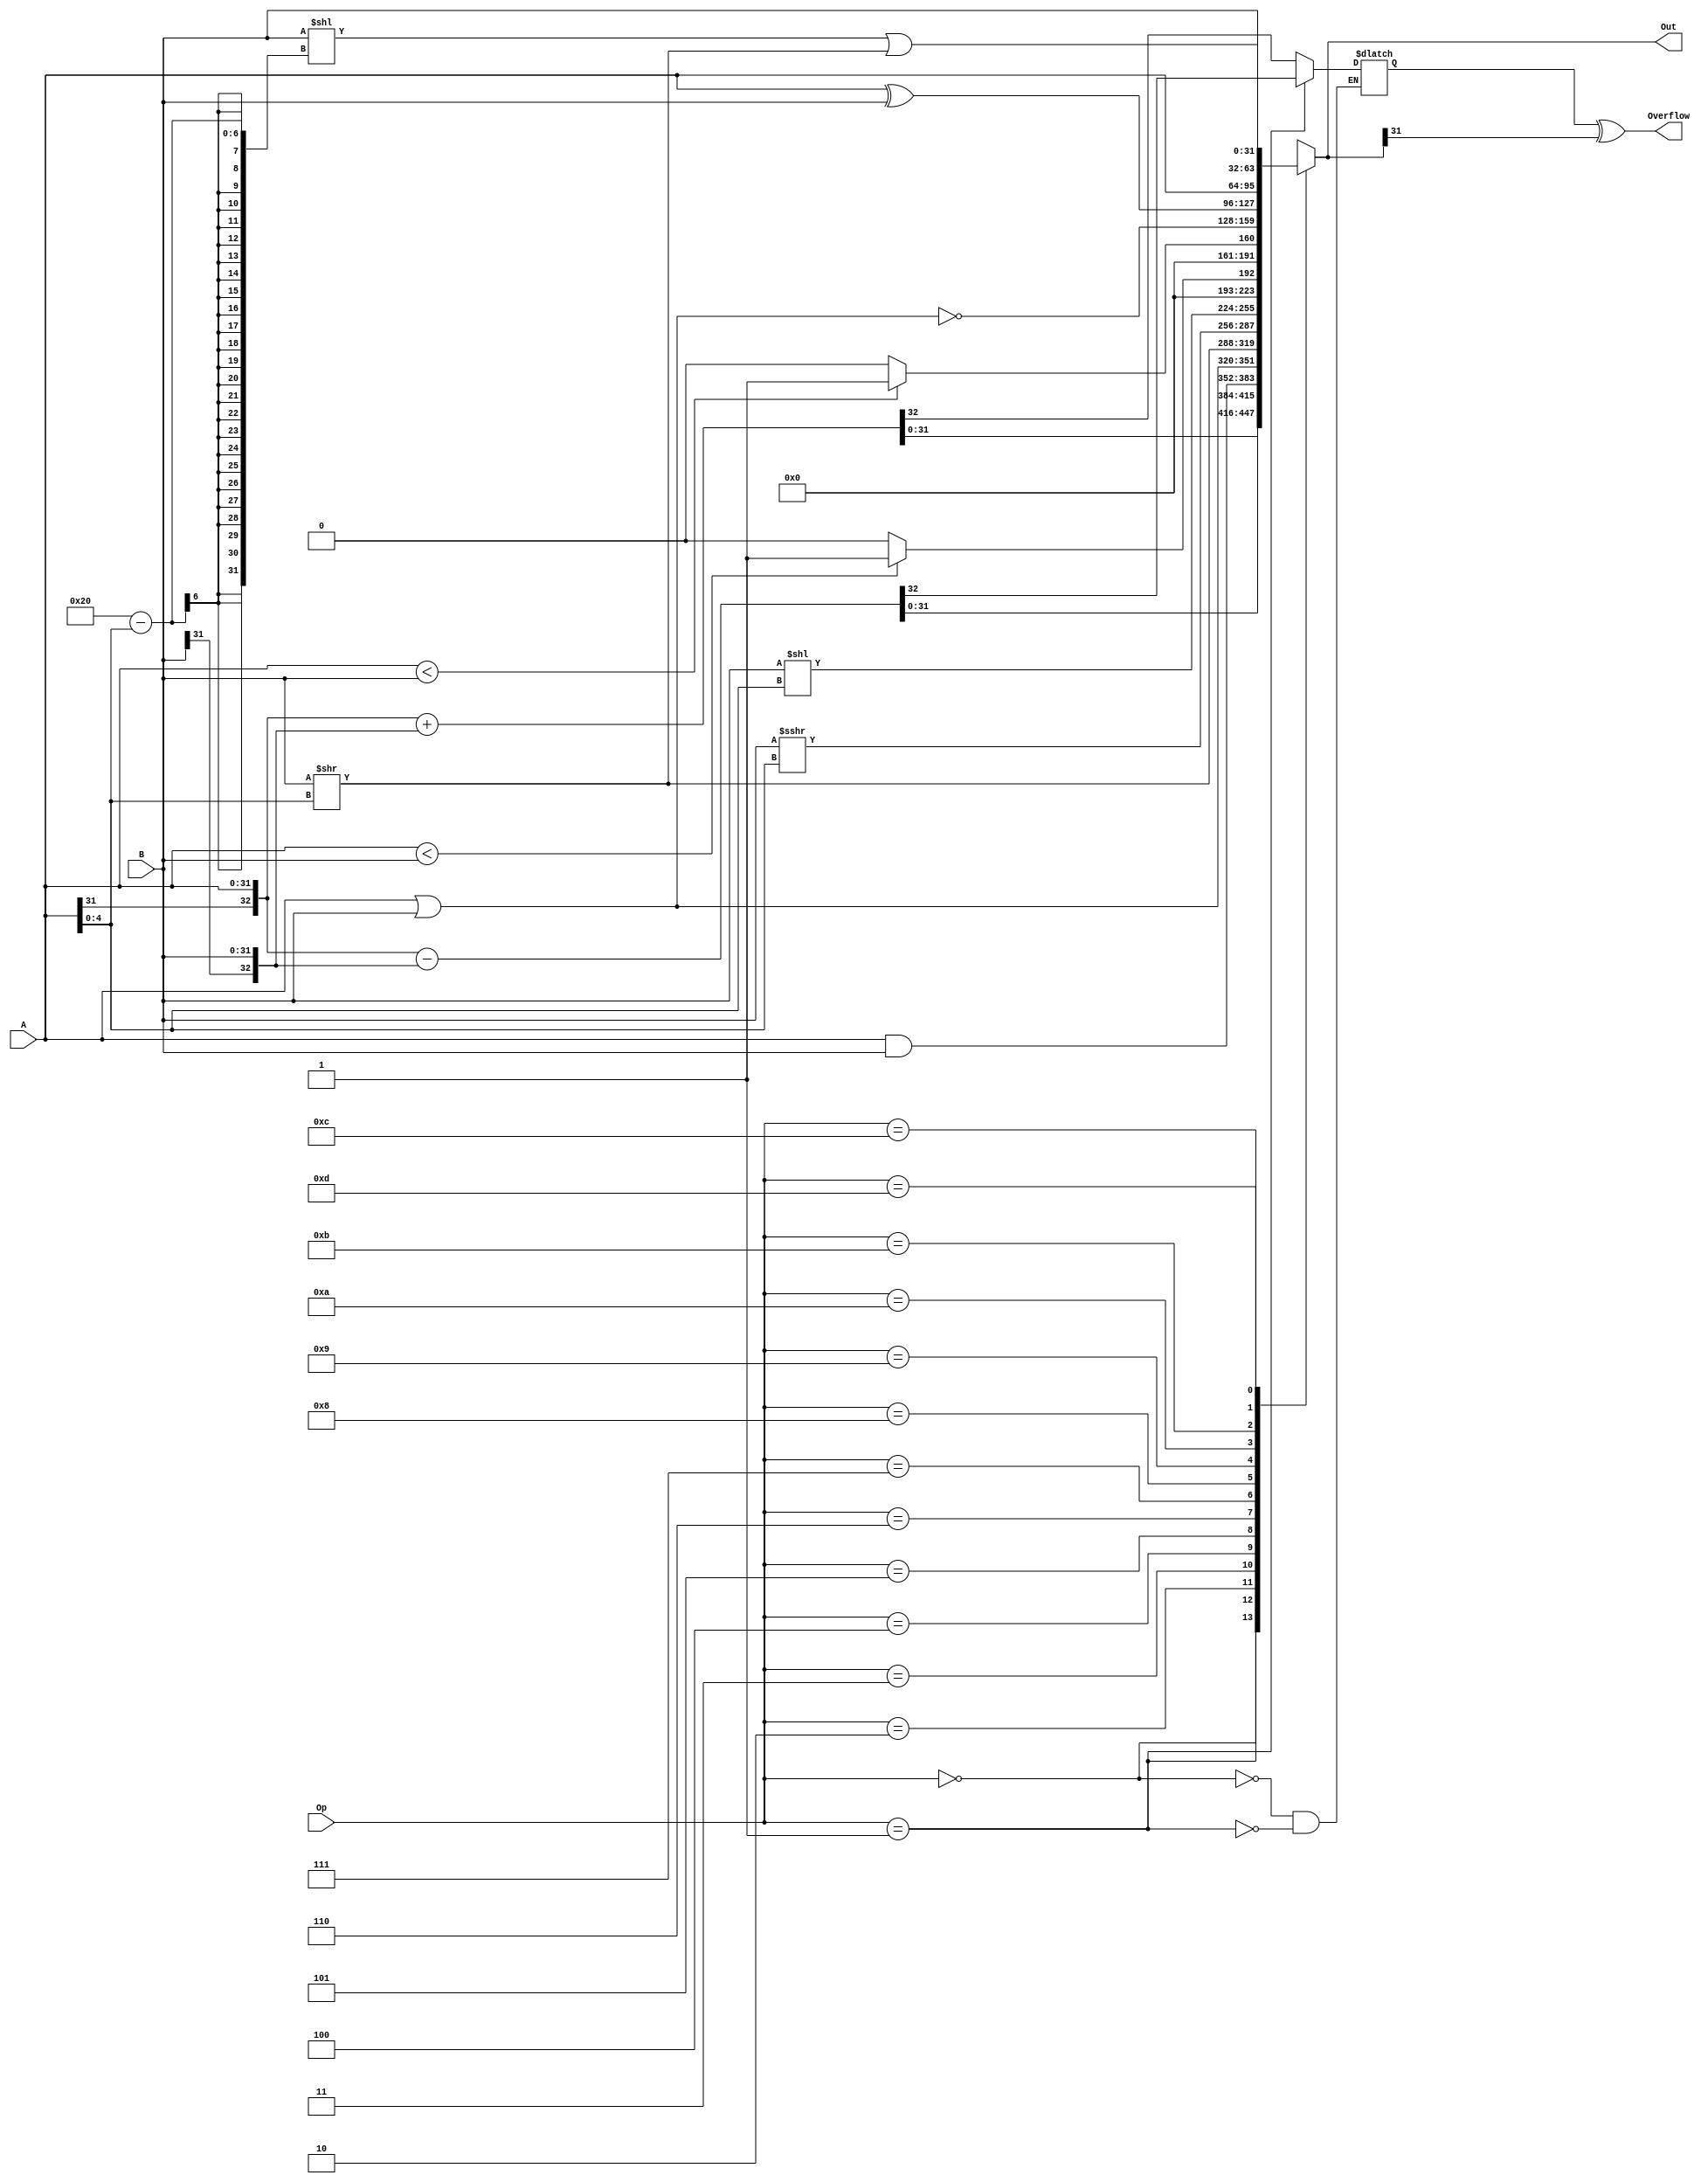
`timescale 1ns / 1ps
//////////////////////////////////////////////////////////////////////////////////
// Company: 
// Engineer: 
// 
// Design Name: 
// Module Name:    ALU 
// Project Name: 
// Target Devices: 
// Tool versions: 
// Description: 
//
// Dependencies: 
//
// Revision: 
// Revision 0.01 - File Created
// Additional Comments: 
//
//////////////////////////////////////////////////////////////////////////////////
module alu(
    input [31:0] A,
    input [31:0] B,
    input [3:0] Op,
    output reg [31:0] Out,
	 output Overflow
    );

reg t32;
assign Overflow = t32 ^ Out[31];

always @(*)
case (Op)
	4'b0000: {t32, Out} = {A[31], A} + {B[31], B};
	4'b0001: {t32, Out} = {A[31], A} - {B[31], B};
	4'b0010: Out = A & B;
	4'b0011: Out = A | B;
	4'b0100: Out = B >> A[4:0];
	4'b0101: Out = $signed(B) >>> A[4:0];
	4'b0110: Out = B << A[4:0];
	4'b0111: Out = $signed($signed(A) < $signed(B)) ? 1 : 0;
	4'b1000: Out = A < B ? 1 : 0;
	4'b1001: Out = ~(A | B);
	4'b1010: Out = A ^ B;
	4'b1011: Out = A;
	4'b1100: Out = B;
	4'b1101: Out = (B << 32 - A[4:0])| (B >> A[4:0]);
	
	default: Out = 32'bx;
endcase

endmodule